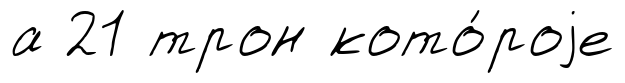
а 21 трон кото́роjе